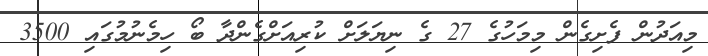
މިއަދުން ފެށިގެން މިމަހުގެ 27 ގެ ނިޔަލަށް ކުރިއަށްގެންދާ ބޯ ހިމެނުމުގައި 3500